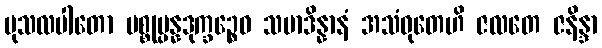
မုသလပါတော ပစ္စုပ္ပန္နဒုက္ခဉ္စေဝ သမာဒိန္နာနံ အသံဝုတေဟိ ဇလတေ ဇနိန္ဒာ